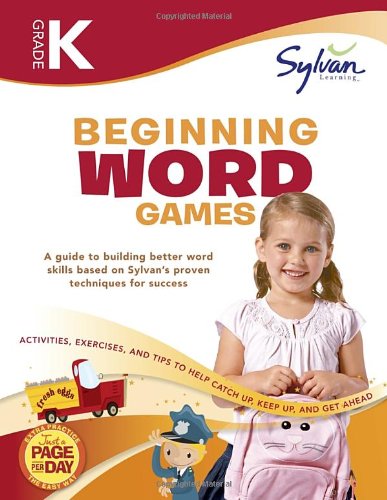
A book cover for Kindergarten Beginning Word Games (Sylvan Workbooks) (Language Arts Workbooks); Sylvan Learning; Reference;